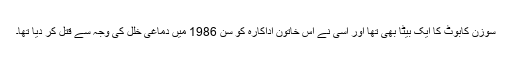
سوزن کابوٹ کا ایک بیٹا بھی تھا اور اُسی نے اس خاتون اداکارہ کو سن 1986 میں دماغی خلل کی وجہ سے قتل کر دیا تھا۔